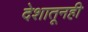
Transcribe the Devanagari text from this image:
देशातूनही